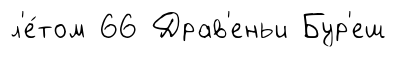
л'е́том 66 Драв'еньи Бур'еш